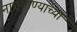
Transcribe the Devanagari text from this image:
नाचगाण्याच्या